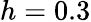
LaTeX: h=0.3